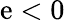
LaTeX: \mathrm{e}<0